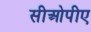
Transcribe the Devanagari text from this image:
सीओपीए